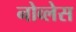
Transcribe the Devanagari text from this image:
नोव्लेस